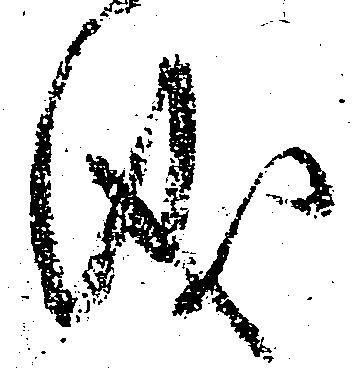
儀